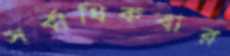
সর্বাধিকবার